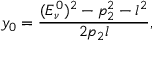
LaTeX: y _ { 0 } = \frac { ( { E _ { \nu } ^ { 0 } } ) ^ { 2 } - p _ { 2 } ^ { 2 } - l ^ { 2 } } { 2 p _ { 2 } l } ,